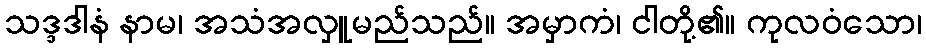
သဒ္ဒဒါနံ နာမ၊ အသံအလှူမည်သည်။ အမှာကံ၊ ငါတို့၏။ ကုလဝံသော၊